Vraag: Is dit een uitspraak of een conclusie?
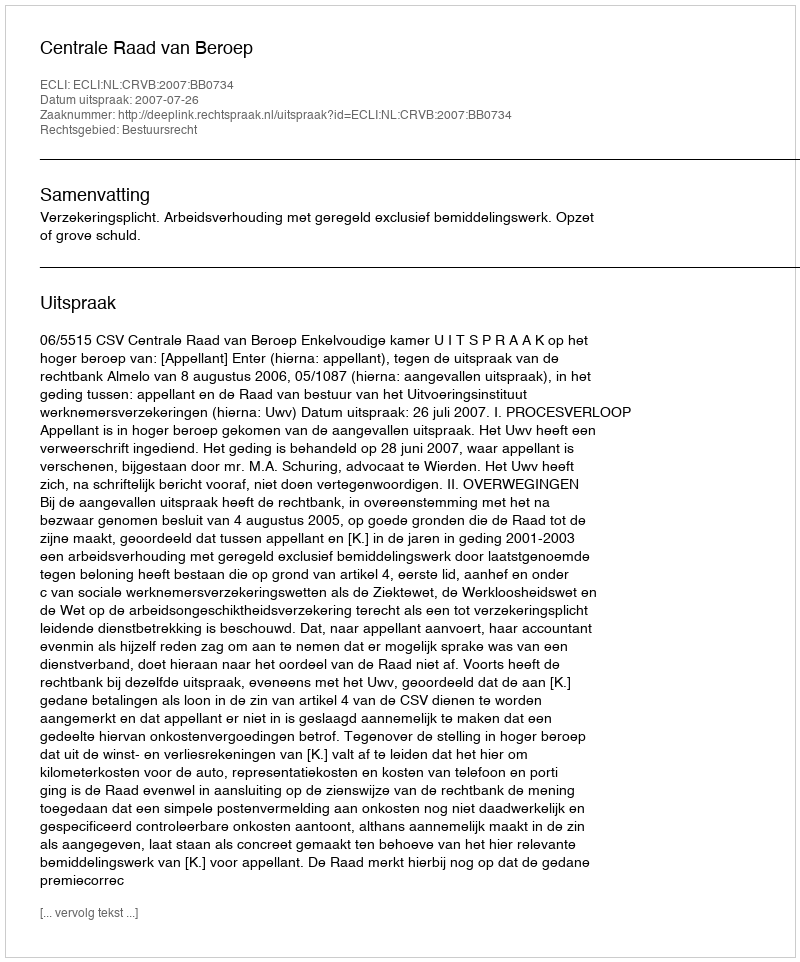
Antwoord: Uitspraak